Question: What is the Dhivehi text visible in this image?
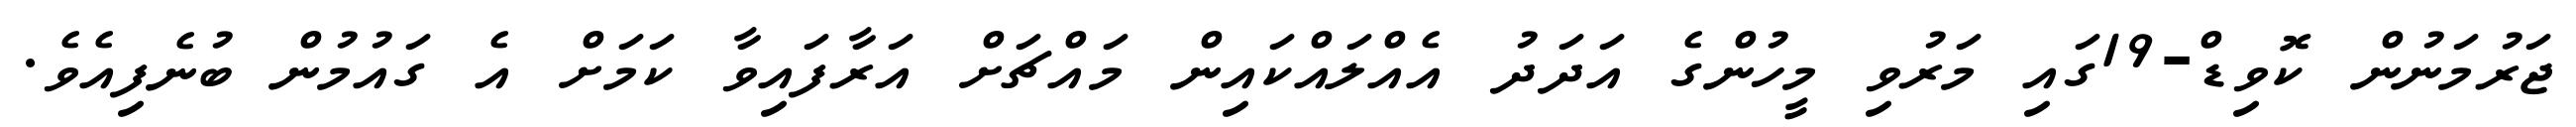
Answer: ޖަރުމަނުން ކޮވިޑް-19ގައި މަރުވި މީހުންގެ އަދަދު އެއްލައްކައިން މައްޗަށް އަރާފައިވާ ކަމަށް އެ ގައުމުން ބުނެފިއެވެ.